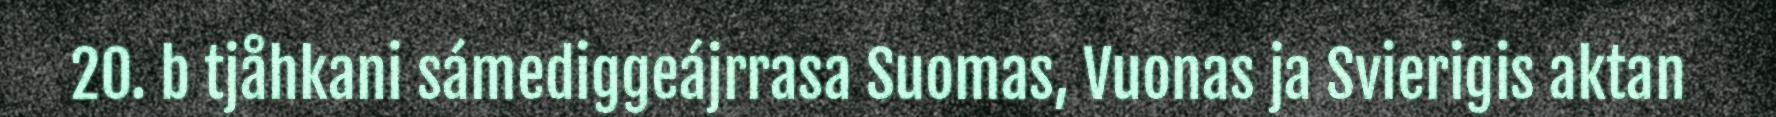
20. b tjåhkani sámediggeájrrasa Suomas, Vuonas ja Svierigis aktan